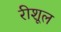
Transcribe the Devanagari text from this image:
रीशूल